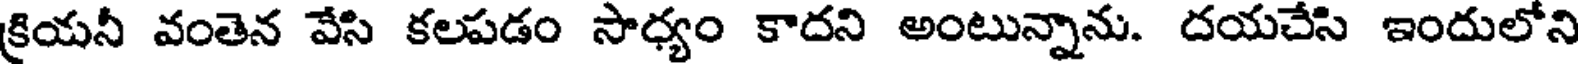
క్రియనీ వంతెన వేసి కలపడం సాధ్యం కాదని అంటున్నాను. దయచేసి ఇందులోని